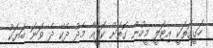
ހަގީގަތަކީ އިޓަލީ މީހުން ގޮތަށް ކޮފީއާ މެދު ދެކޭ ދެ ވަނަ ބަޔަކު